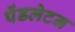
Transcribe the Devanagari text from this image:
पेंडलेटन